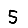
Digit: 5